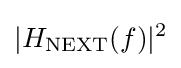
|H_{\mathrm {NEXT} }(f)|^{2}